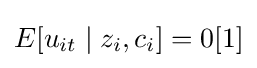
E[u_{it}\mid z_{i},c_{i}]=0[1]